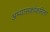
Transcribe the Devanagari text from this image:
अभ्यासकांकरिता